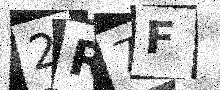
Text: 2R7F